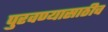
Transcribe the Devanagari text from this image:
पुरवण्यासाठीच